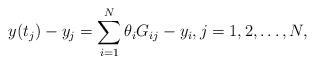
LaTeX: \begin{align*} y(t_j)-y_j = \sum_{i=1}^N\theta_iG_{ij}-y_i,j=1,2,\ldots,N,\end{align*}